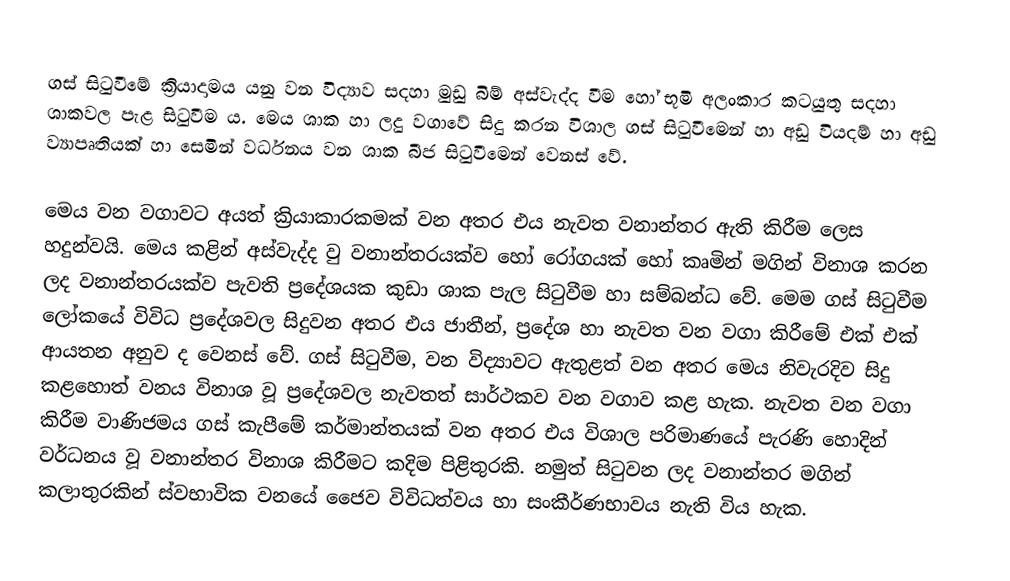
ගස් සිටුවීමේ ක්‍රියාදාමය යනු වන විද්‍යාව සදහා මුඩු බිම් අස්වැද්ද වීම හෝ භූමි අලංකාර කටයුතු සදහා ශාකවල පැළ සිටුවීම ය. මෙය ශාක හා ලදු වගාවේ සිදු කරන විශාල ගස් සිටුවීමෙන් හා අඩු වියදම් හා අඩු ව්‍යාපෘතියක් හා සෙමින් වර්ධනය වන ශාක බීජ සිටුවීමෙන් වෙනස් වේ.

මෙය වන වගාවට අයත් ක්‍රියාකාරකමක් වන අතර එය නැවත වනාන්තර ඇති කිරීම ලෙස හදුන්වයි. මෙය කළින් අස්වැද්ද වු වනාන්තරයක්ව හෝ රෝගයක් හෝ කෘමින් මගින් විනාශ කරන ලද වනාන්තරයක්ව පැවති ප්‍රදේශයක කුඩා ශාක පැල සිටුවීම හා සම්බන්ධ වේ. මෙම ගස් සිටුවීම ලෝකයේ විවිධ ප්‍රදේශවල සිදුවන අතර එය ජාතීන්, ප්‍රදේශ හා නැවත වන වගා කිරීමේ එක් එක් ආයතන අනුව ද වෙනස් වේ. ගස් සිටුවීම, වන විද්‍යාවට ඇතුළත් වන අතර මෙය නිවැරදිව සිදු කළහොත් වනය විනාශ වූ ප්‍රදේශවල නැවතත් සාර්ථකව වන වගාව කළ හැක. නැවත වන වගා කිරීම වාණිජමය ගස් කැපීමේ කර්මාන්තයක් වන අතර එය විශාල පරිමාණයේ පැරණි හොදින් වර්ධනය වූ වනාන්තර විනාශ කිරීමට කදිම පිළිතුරකි. නමුත් සිටුවන ලද වනාන්තර මගින් කලාතුරකින් ස්වභාවික වනයේ ජෛව විවිධත්වය හා සංකීර්ණභාවය නැති විය හැක.